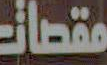
مقصات